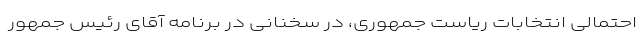
احتمالی انتخابات ریاست جمهوری، در سخنانی در برنامه آقای رئیس جمهور